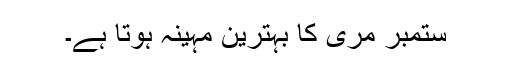
ستمبر مری کا بہترین مہینہ ہوتا ہے۔